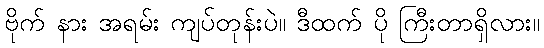
ဗိုက် နား အရမ်း ကျပ်တုန်းပဲ။ ဒီထက် ပို ကြီးတာရှိလား။